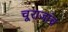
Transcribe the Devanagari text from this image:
चूराजांच